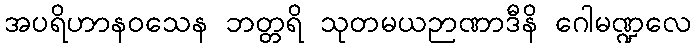
အပရိဟာနဝသေန ဘတ္တရိ သုတမယဉာဏာဒီနိ ဂေါမဏ္ဍလေ